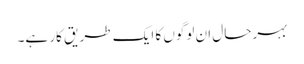
بہرحال ان لوگوں کا ایک طریقِ کار ہے۔